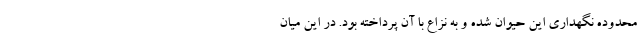
محدوده نگهداری این حیوان شده و به نزاع با آن پرداخته بود. در این میان